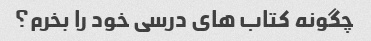
چگونه کتاب های درسی خود را بخرم؟